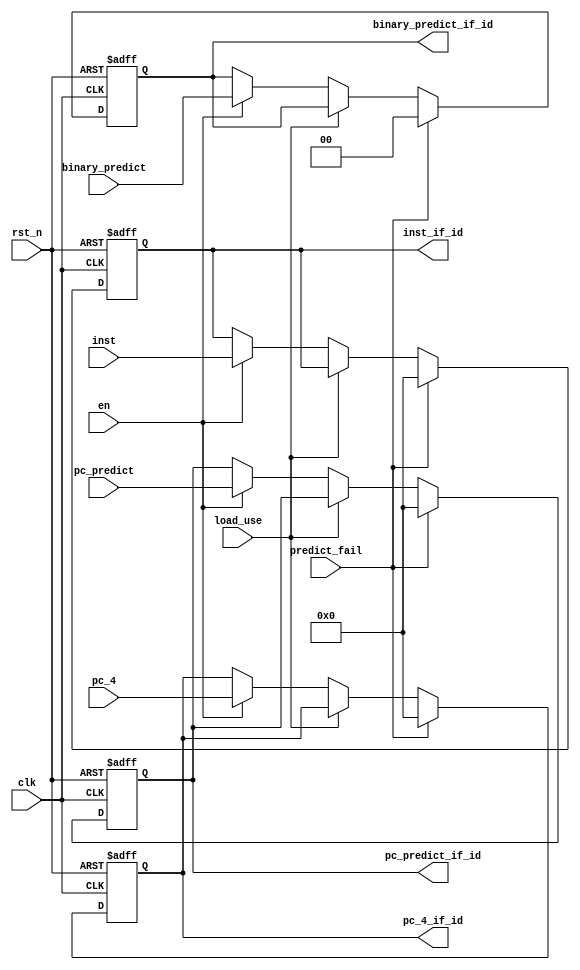
module Pipline_IF_ID(
	input clk,
	input rst_n,
	input en,
	input predict_fail,
   input load_use,
	input [31:0] pc_4,
	input [31:0] inst,
   input [31:0] pc_predict,
   input [1:0] binary_predict,
	output reg [31:0] pc_4_if_id,
	output reg [31:0] inst_if_id,
   output reg [31:0] pc_predict_if_id,
   output reg [1:0] binary_predict_if_id
	);

   initial begin
   	pc_4_if_id <= 0;
   	inst_if_id <= 0;
      pc_predict_if_id <= 0;
      binary_predict_if_id <= 0;
   end

   always @(posedge clk or negedge rst_n) begin
   	if (!rst_n) begin
   		pc_4_if_id <= 0;
   	   inst_if_id <= 0;
         pc_predict_if_id <= 0;
         binary_predict_if_id <= 0;   		
   	end
      else if (predict_fail)begin
         pc_4_if_id <= 0;
         inst_if_id <= 0;
         pc_predict_if_id <= 0;
         binary_predict_if_id <= 0;     
      end
      else if(load_use) begin
         pc_4_if_id <= pc_4_if_id;
         inst_if_id <= inst_if_id;
         pc_predict_if_id <= pc_predict_if_id;
         binary_predict_if_id <= binary_predict_if_id;
      end
   	else if (en) begin
   		pc_4_if_id <= pc_4;
   		inst_if_id <= inst;
          pc_predict_if_id <= pc_predict;
         binary_predict_if_id <= binary_predict;
   	end
   	else begin
   		pc_4_if_id <= pc_4_if_id;
   	    inst_if_id <= inst_if_id;
           pc_predict_if_id <= pc_predict_if_id;
         binary_predict_if_id <= binary_predict_if_id;
   	end
   end
endmodule